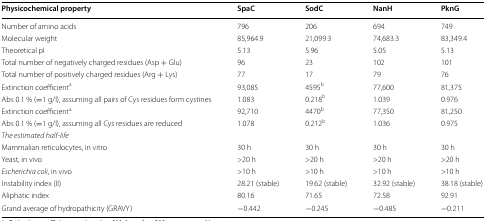
<table><thead><tr><td><b>Physicochemical property</b></td><td><b>SpaC</b></td><td><b>SodC</b></td><td><b>NanH</b></td><td><b>PknG</b></td></tr></thead><tbody><tr><td>Number of amino acids</td><td>796</td><td>206</td><td>694</td><td>749</td></tr><tr><td>Molecular weight</td><td>85,964.9</td><td>21,099.3</td><td>74,683.3</td><td>83,349.4</td></tr><tr><td>Theoretical pI</td><td>5.13</td><td>5.96</td><td>5.05</td><td>5.13</td></tr><tr><td>Total number of negatively charged residues (Asp + Glu)</td><td>96</td><td>23</td><td>102</td><td>101</td></tr><tr><td>Total number of positively charged residues (Arg + Lys)</td><td>77</td><td>17</td><td>79</td><td>76</td></tr><tr><td>Extinction coefficient<sup>a</sup></td><td>93,085</td><td>4595<sup>b</sup></td><td>77,600</td><td>81,375</td></tr><tr><td>Abs 0.1 % (=1 g/l), assuming all pairs of Cys residues form cystines</td><td>1.083</td><td>0.218<sup>b</sup></td><td>1.039</td><td>0.976</td></tr><tr><td>Extinction coefficient<sup>a</sup></td><td>92,710</td><td>4470<sup>b</sup></td><td>77,350</td><td>81,250</td></tr><tr><td>Abs 0.1 % (=1 g/l), assuming all Cys residues are reduced</td><td>1.078</td><td>0.212<sup>b</sup></td><td>1.036</td><td>0.975</td></tr><tr><td><i>The estimated half-life</i></td><td>[EMPTY_CELL]</td><td>[EMPTY_CELL]</td><td>[EMPTY_CELL]</td><td>[EMPTY_CELL]</td></tr><tr><td>Mammalian reticulocytes, in vitro</td><td>30 h</td><td>30 h</td><td>30 h</td><td>30 h</td></tr><tr><td>Yeast, in vivo</td><td>&gt;20 h</td><td>&gt;20 h</td><td>&gt;20 h</td><td>&gt;20 h</td></tr><tr><td><i>Escherichia coli</i>, in vivo</td><td>&gt;10 h</td><td>&gt;10 h</td><td>&gt;10 h</td><td>&gt;10 h</td></tr><tr><td>Instability index (II)</td><td>28.21 (stable)</td><td>19.62 (stable)</td><td>32.92 (stable)</td><td>38.18 (stable)</td></tr><tr><td>Aliphatic index</td><td>80.16</td><td>71.65</td><td>72.58</td><td>92.91</td></tr><tr><td>Grand average of hydropathicity (GRAVY)</td><td>−0.442</td><td>−0.245</td><td>−0.485</td><td>−0.211</td></tr></tbody></table>